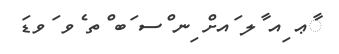
ާޢ ިއ ާލ ައށް ިނ ްސ ަބ ްތ ެވ ަވޑަ